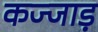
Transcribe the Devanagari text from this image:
कज्जाड़